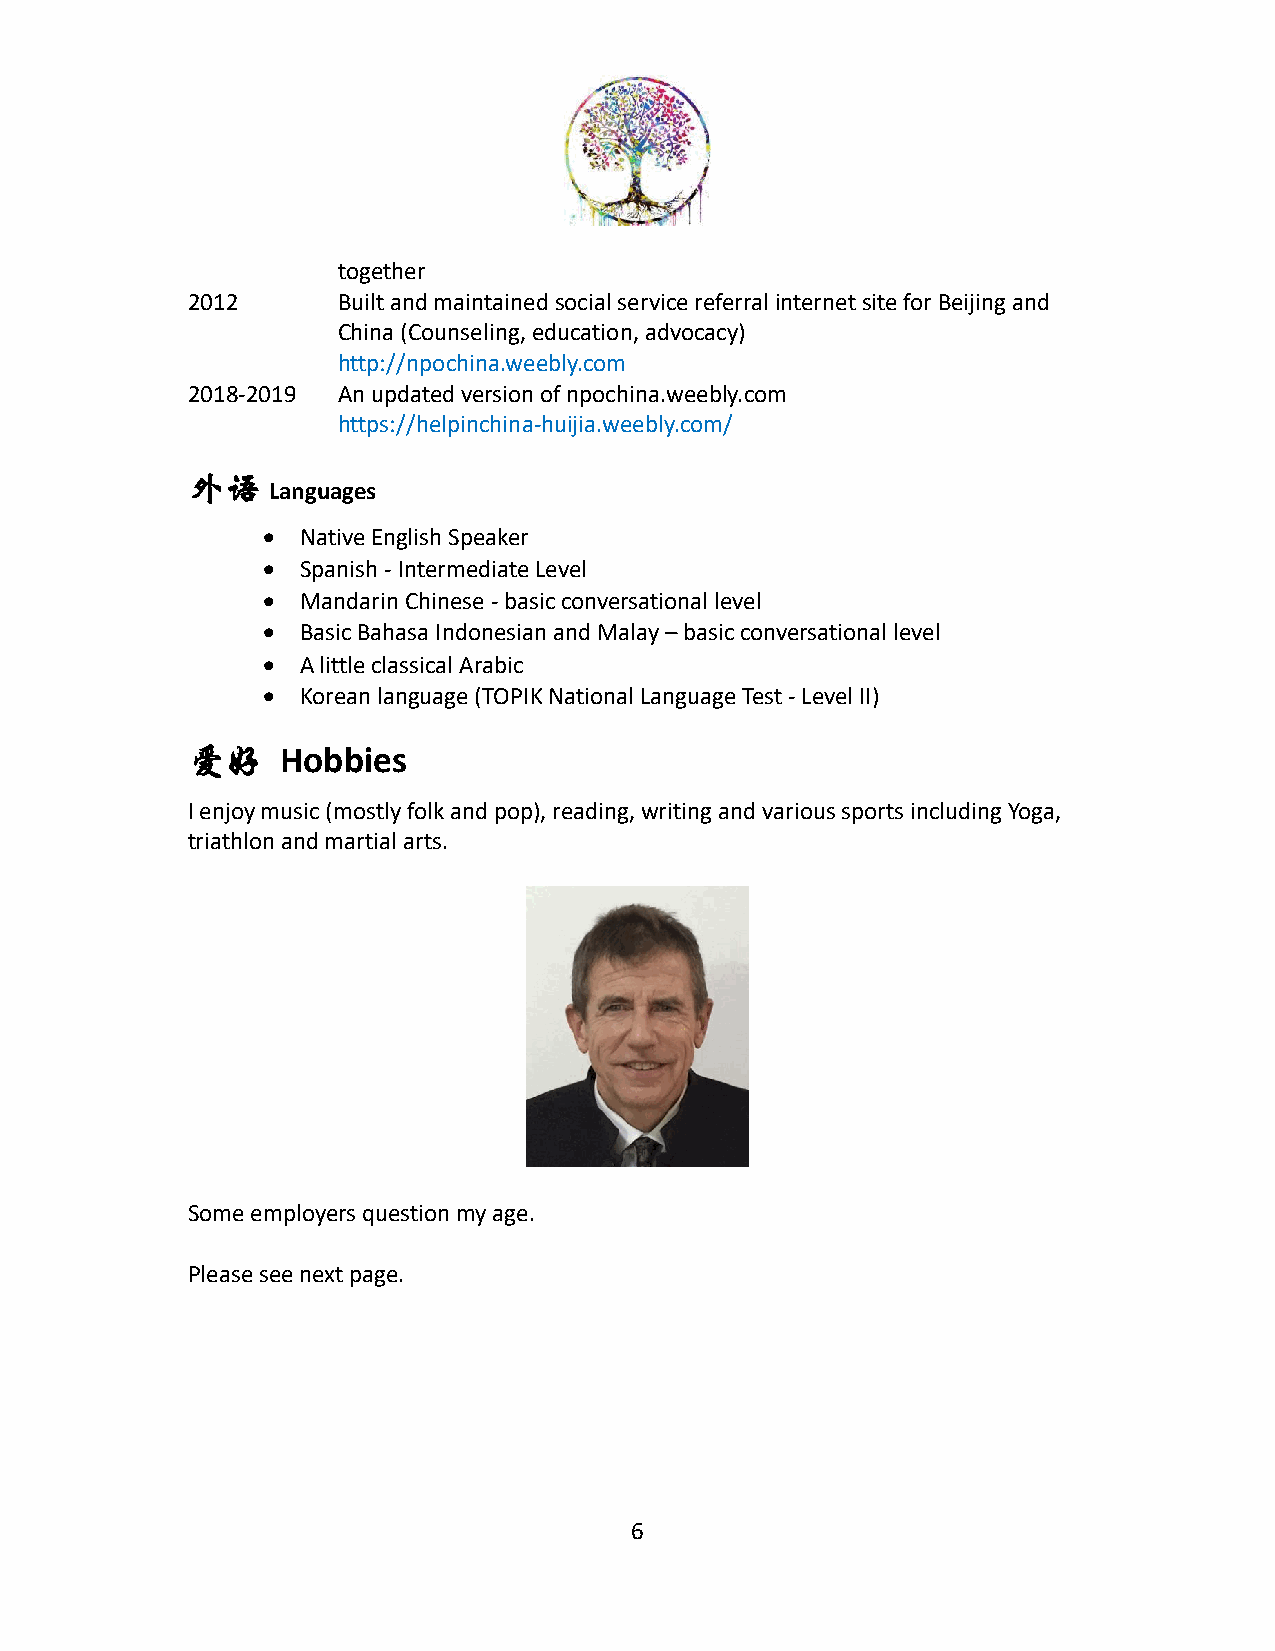
together
 2012      Built and maintained social service referral internet site for Beijing and
 China (Counseling, education, advocacy)
 http://npochina.weebly.com
 2018-2019 An updated version of npochina.weebly.com
 https://helpinchina-huijia.weebly.com/
 外语
 Languages
 •  Native English Speaker
 •  Spanish - Intermediate Level
 •  Mandarin Chinese - basic conversational level
 •  Basic Bahasa Indonesian and Malay – basic conversational level
 •  A little classical Arabic
 •  Korean language (TOPIK National Language Test - Level II)
 爱好     Hobbies
 I enjoy music (mostly folk and pop), reading, writing and various sports including Yoga,
 triathlon and martial arts.
 Some employers question my age.
 Please see next page.
 6